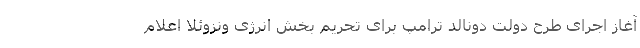
آغاز اجرای طرح دولت دونالد ترامپ برای تحریم بخش انرژی ونزوئلا اعلام